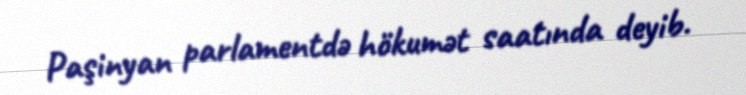
Paşinyan parlamentdə hökumət saatında deyib.